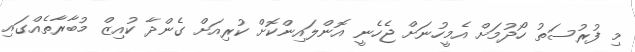
މި ފުރުސަތު ހޯދުމަށް އެމީހުނަށް ޖެހެނީ އޮންލައިންކޮށް ކުރިއަށް ގެންދާ ކުއިޒް މުބާރާތެއްގައި